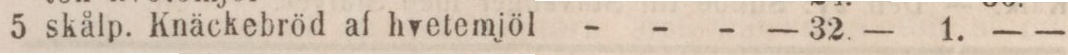
5 skålp. Knäckebröd af hvetemjöl - - -    — 32. —    1. — —